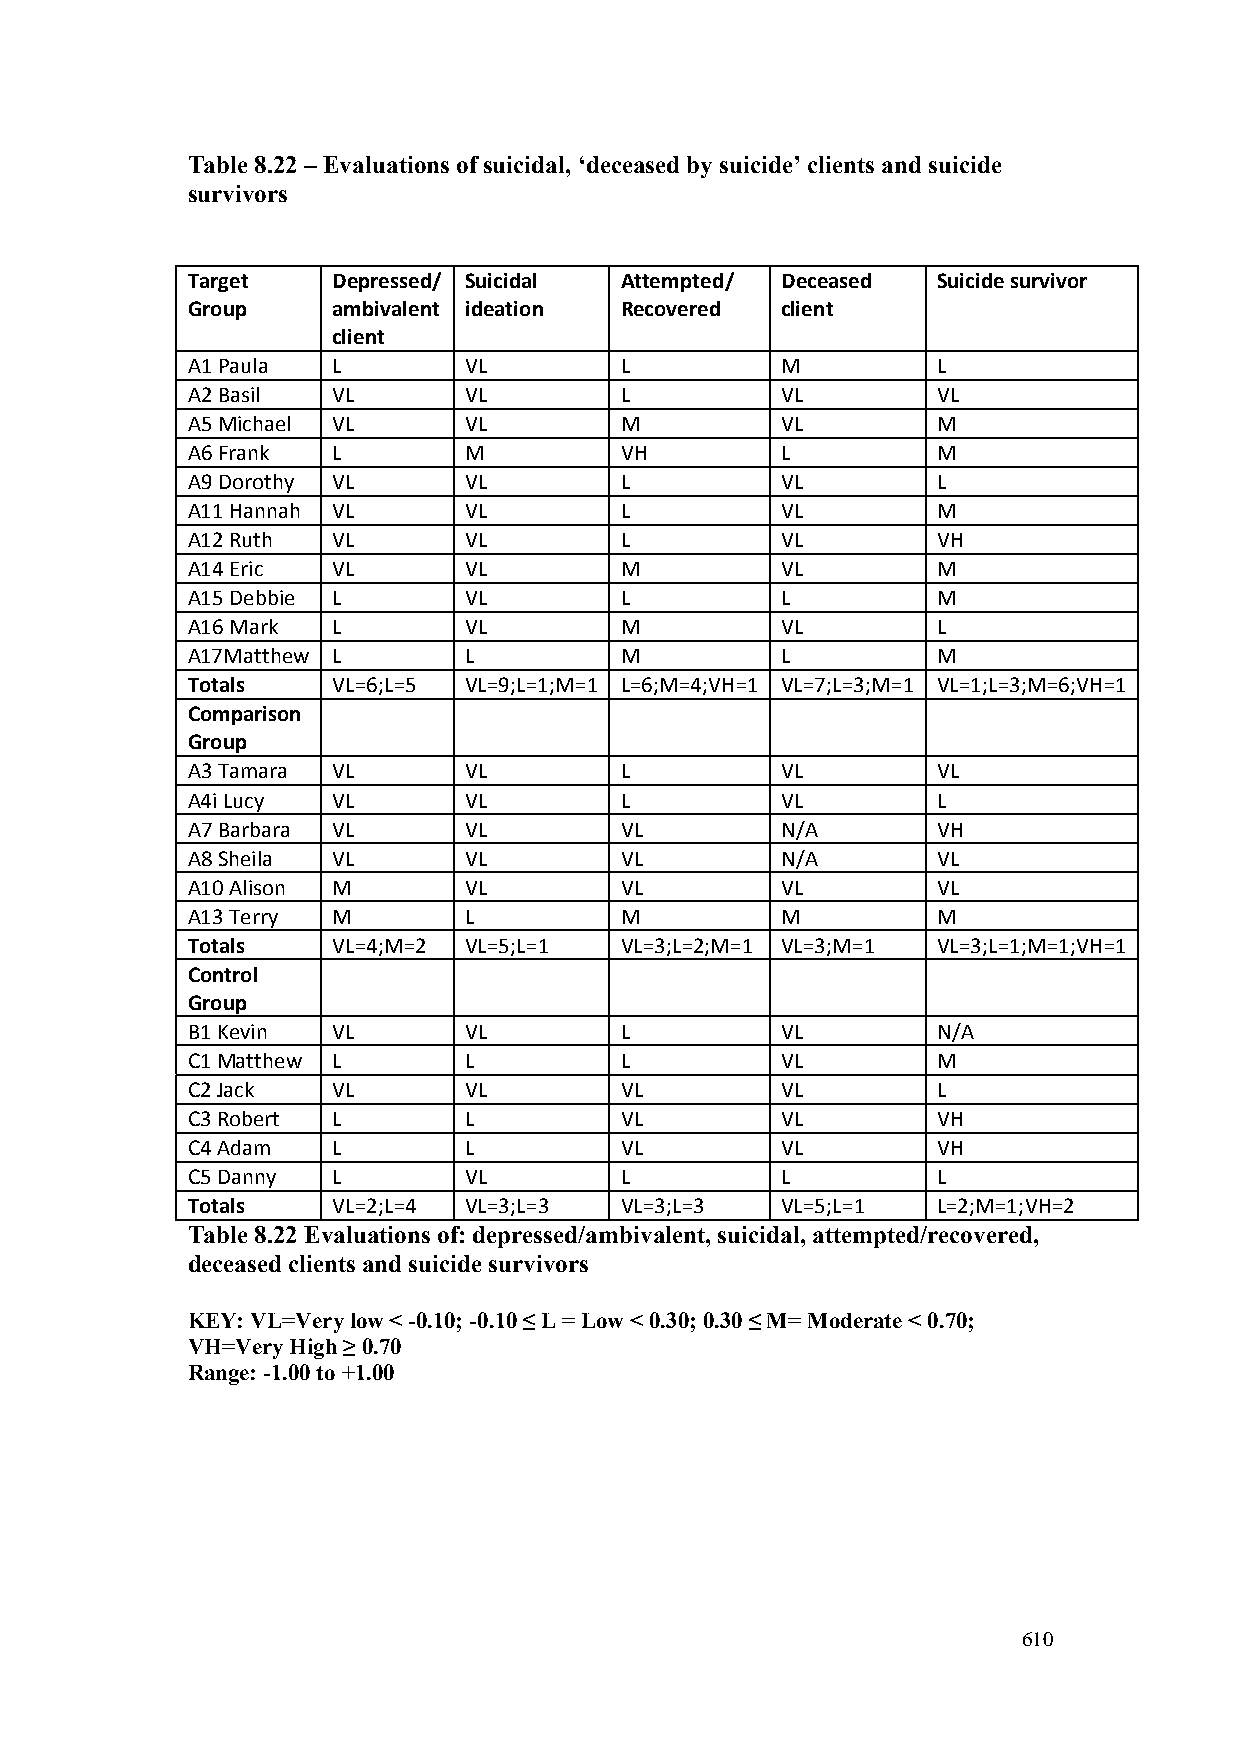
Table 8.22 – Evaluations of suicidal, ‘deceased by suicide’ clients and suicide
 survivors
 Target    Depressed/ Suicidal Attempted/ Deceased Suicide survivor
 Group     ambivalent ideation Recovered client
 client
 A1 Paula  L        VL        L          M         L
 A2 Basil  VL       VL        L          VL        VL
 A5 Michael VL      VL        M          VL        M
 A6 Frank  L        M         VH         L         M
 A9 Dorothy VL      VL        L          VL        L
 A11 Hannah VL      VL        L          VL        M
 A12 Ruth  VL       VL        L          VL        VH
 A14 Eric  VL       VL        M          VL        M
 A15 Debbie L       VL        L          L         M
 A16 Mark  L        VL        M          VL        L
 A17Matthew L       L         M          L         M
 Totals    VL=6;L=5 VL=9;L=1;M=1 L=6;M=4;VH=1 VL=7;L=3;M=1 VL=1;L=3;M=6;VH=1
 Comparison
 Group
 A3 Tamara VL       VL        L          VL        VL
 A4i Lucy  VL       VL        L          VL        L
 A7 Barbara VL      VL        VL         N/A       VH
 A8 Sheila VL       VL        VL         N/A       VL
 A10 Alison M       VL        VL         VL        VL
 A13 Terry M        L         M          M         M
 Totals    VL=4;M=2 VL=5;L=1  VL=3;L=2;M=1 VL=3;M=1 VL=3;L=1;M=1;VH=1
 Control
 Group
 B1 Kevin  VL       VL        L          VL        N/A
 C1 Matthew L       L         L          VL        M
 C2 Jack   VL       VL        VL         VL        L
 C3 Robert L        L         VL         VL        VH
 C4 Adam   L        L         VL         VL        VH
 C5 Danny  L        VL        L          L         L
 Totals    VL=2;L=4 VL=3;L=3  VL=3;L=3   VL=5;L=1  L=2;M=1;VH=2
 Table 8.22 Evaluations of: depressed/ambivalent, suicidal, attempted/recovered,
 deceased clients and suicide survivors
 KEY: VL=Very low < -0.10; -0.10 ≤ L = Low < 0.30; 0.30 ≤ M= Moderate < 0.70;
 VH=Very High ≥ 0.70
 Range: -1.00 to +1.00
 610